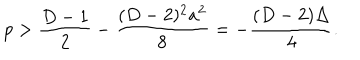
LaTeX: p > { \frac { D - 1 } { 2 } } - { \frac { ( D - 2 ) ^ { 2 } a ^ { 2 } } { 8 } } = - { \frac { ( D - 2 ) \Delta } { 4 } } .